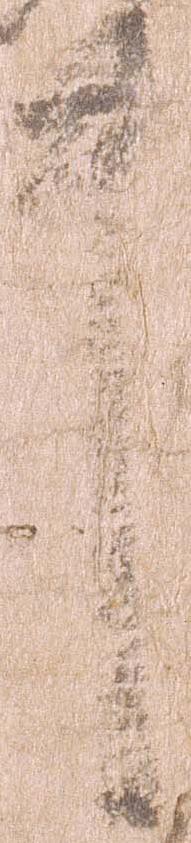
件